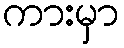
ကားမှာ